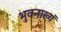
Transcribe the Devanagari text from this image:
भुवनाख्यं